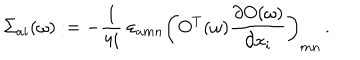
LaTeX: \Sigma _ { a i } ( \omega ) : = - \frac { 1 } { 4 i } \ \varepsilon _ { a m n } \left( O ^ { T } ( \omega ) \frac { \partial O ( \omega ) } { \partial x _ { i } } \right) _ { m n } \, .